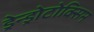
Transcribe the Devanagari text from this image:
ड्रेन्ड्रोटोक्सिन